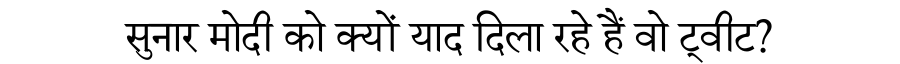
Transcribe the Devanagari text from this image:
सुनार मोदी को क्यों याद दिला रहे हैं वो ट्वीट?